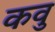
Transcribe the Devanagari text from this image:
कवु